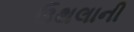
ઉથલાની